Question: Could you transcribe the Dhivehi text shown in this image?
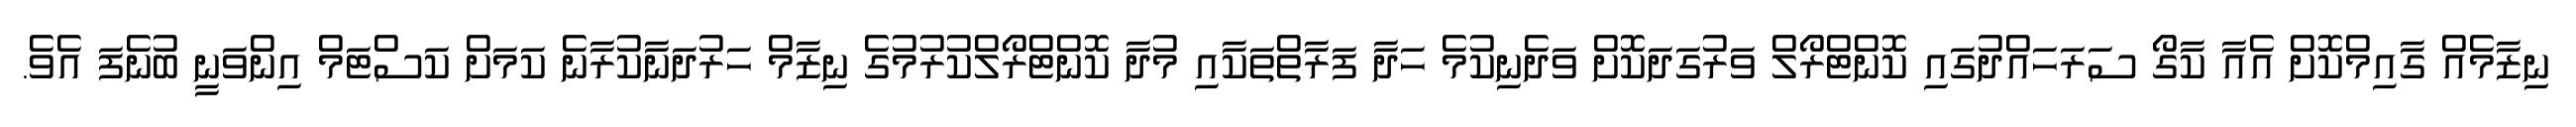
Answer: ނިޒާމެއް ގާއިމްކޮށް އެއާ ކާގޯ ސަރަހައްދުގައި ކޮންޓްރޯލް ވަރުގަދަކޮށް ވަދެނިކުމެ ހަދާ ފަރާތްތަކާއި މުދާ ކޮންޓްރޯލްކުރުމުގެ ނިޒާމް ހަރުދަނާކުރާނެ ކަމަށް ކަސްޓަމް އިންވަނީ ބުނެފަ އެވެ.